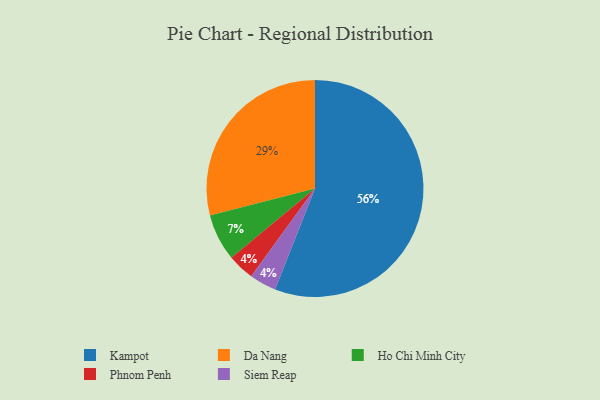
{"axis": {"x": "Category", "y": "Percentage"}, "legend": ["Da Nang", "Ho Chi Minh City", "Kampot", "Phnom Penh", "Siem Reap"], "data": [{"x": "Phnom Penh", "y": 4, "type": "Phnom Penh"}, {"x": "Kampot", "y": 56, "type": "Kampot"}, {"x": "Da Nang", "y": 29, "type": "Da Nang"}, {"x": "Siem Reap", "y": 4, "type": "Siem Reap"}, {"x": "Ho Chi Minh City", "y": 7, "type": "Ho Chi Minh City"}]}